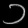
Digit: ၁